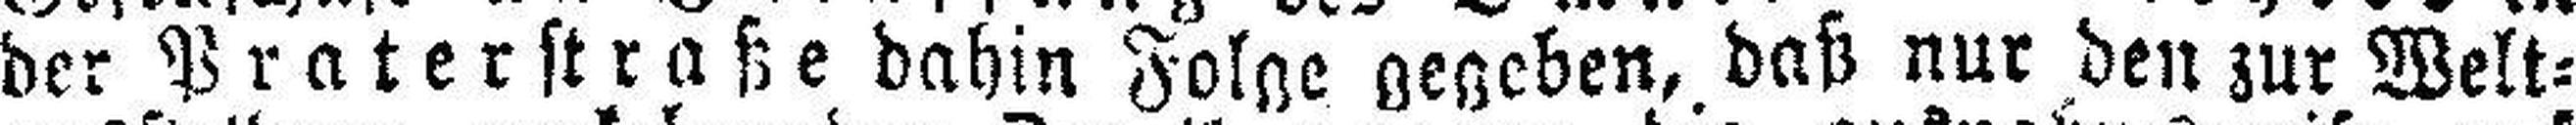
der Praterstraße dahin Folge gegeben, daß nur den zur Welt¬